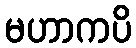
မဟာကပိ